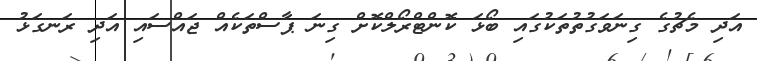
އަދި މެޗުގެ ގިނަވަގުތުތަކުގައި ބޯޅަ ކޮންޓްރޯލްކޮށް ގިނަ ޕާސްތަކެއް ޖައްސައި އަދި ރަނގަޅު